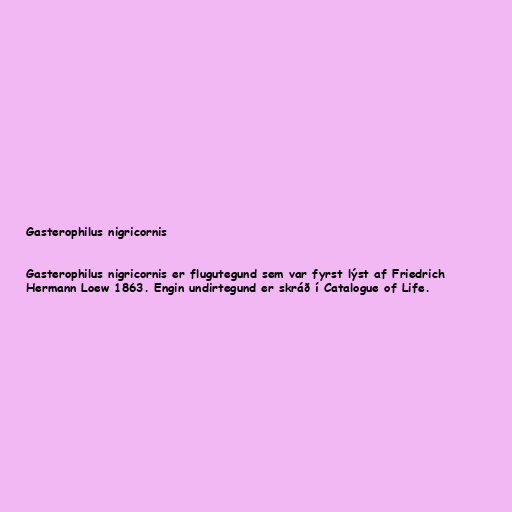
Gasterophilus nigricornis

Gasterophilus nigricornis er flugutegund sem var fyrst lýst af Friedrich
Hermann Loew 1863. Engin undirtegund er skráð í Catalogue of Life.